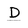
Character: D